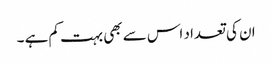
ان کی تعداد اس سے بھی بہت کم ہے ۔